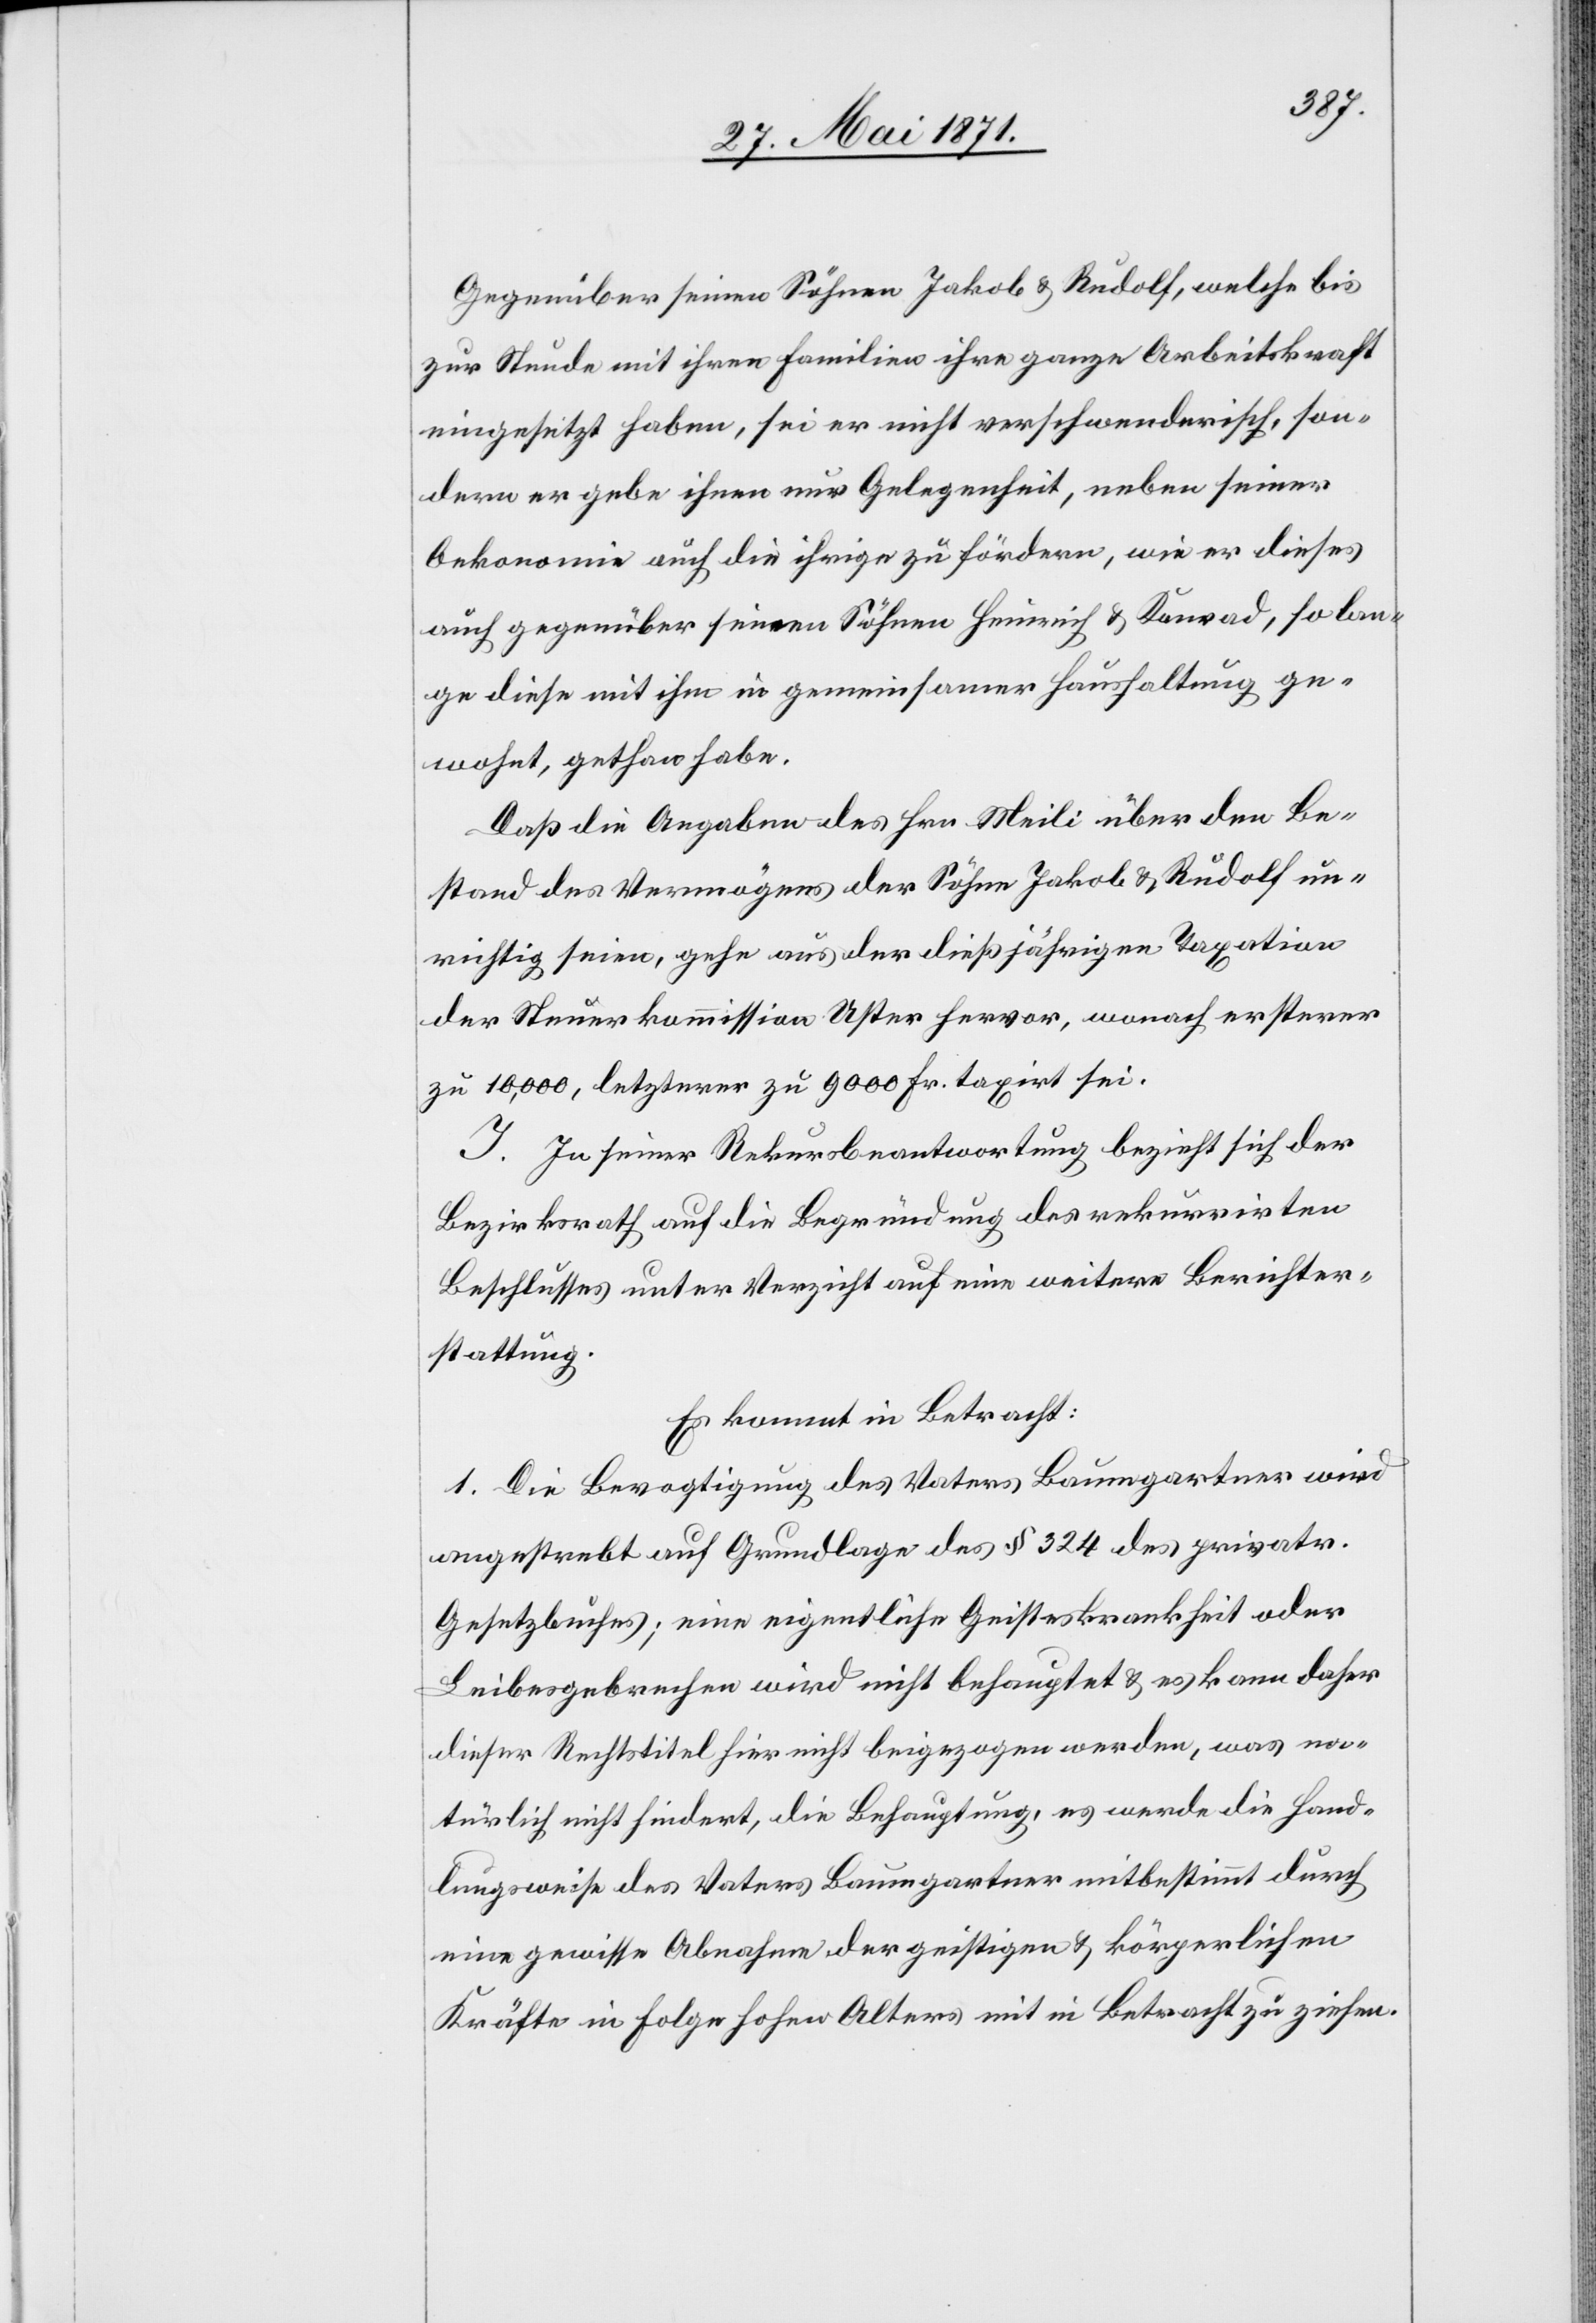
Gegenüber seinen Söhnen Jakob u. Rudolf, welche bis
zur Stunde mit ihren Familien ihre ganze Arbeitskraft
eingesetzt haben, sei er nicht verschwenderisch, son¬
dern er gebe ihnen nur Gelegenheit, neben seiner
Oekonomie auch die ihrige zu fördern, wie er dieses
auch gegenüber seinen Söhnen Heinrich u. Konrad, so lan¬
ge diese mit ihm in gemeinsamer Haushaltung ge¬
wohnt, gethan habe.
Daß die Angaben des Hrn Meili über den Be¬
stand des Vermögens der Söhne Jakob u. Rudolf un¬
richtig seien, gehe aus der dießjährigen Taxation
der Steuerkommission Uster hervor, wonach ersterer
zu 10,000, letzterer zu 9000 Fr. taxirt sei.
I. In seiner Rekursbeantwortung bezieht sich der
Bezirksrath auf die Begründung des rekurrirten
Beschlusses unter Verzicht auf eine weitere Berichter¬
stattung.
Es kommt in Betracht:
1. Die Bevogtigung des Vaters Baumgartner wird
angestrebt auf Grundlage des § 324 des privatr.
Gesetzbuches; eine eigentliche Geisteskrankheit oder
Leibesgebrechen wird nicht behauptet u. es kann daher
dieser Rechtstitel hier nicht beigezogen werden, was na¬
türlich nicht hindert, die Behauptung, es werde die Hand¬
lungsweise des Vaters Baumgartner mitbestimmt durch
eine gewisse Abnahme der geistigen u. körperlichen
Kräfte in Folge hohen Alters mit in Betracht zu ziehen.